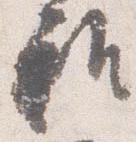
雅